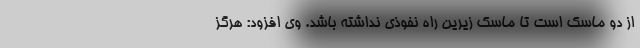
از دو ماسک است تا ماسک زیرین راه نفوذی نداشته باشد. وی افزود: هرگز